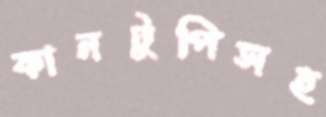
কানটুপিসহ